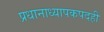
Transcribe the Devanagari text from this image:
प्रधानाध्यापकपदही